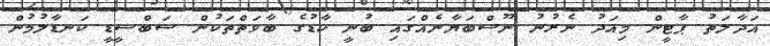
އަދާލަތު ޕާޓީން މިއަދު ނެރުނު ނޫސްބަޔާނެއްގައި ބުނީ ކާޑުގެ ބާވަތްތަކުން ސަބްސީޑީ ކަނޑާލުމުން